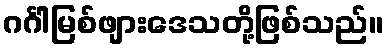
ဂင်္ဂါမြစ်ဖျားဒေသတို့ဖြစ်သည်။